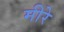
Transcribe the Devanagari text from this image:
मीरे